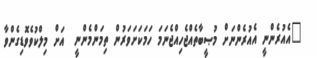
"އެއުރެންނީ އެއުރެންނަށް މުޞީބާތެއްޖެހިއްޖެނަމަ ހަމަކަށަވަރުން ތިމަންމެންނީ  އަށް މިލްކުވެވޮޑިގެންވާ